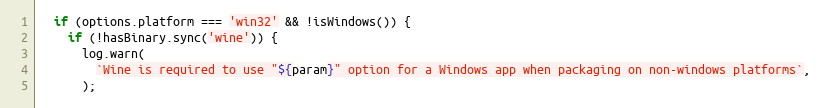
Language: JavaScript
  if (options.platform === 'win32' && !isWindows()) {
    if (!hasBinary.sync('wine')) {
      log.warn(
        `Wine is required to use "${param}" option for a Windows app when packaging on non-windows platforms`,
      );